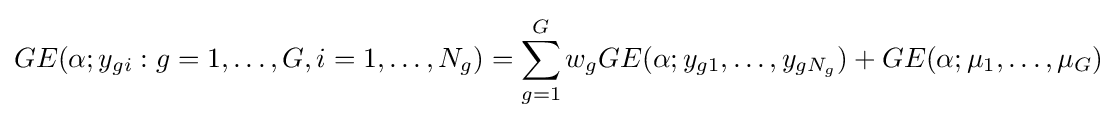
GE(\alpha ;y_{gi}:g=1,\ldots ,G,i=1,\ldots ,N_{g})=\sum _{g=1}^{G}w_{g}GE(\alpha ;y_{g1},\ldots ,y_{gN_{g}})+GE(\alpha ;\mu _{1},\ldots ,\mu _{G})